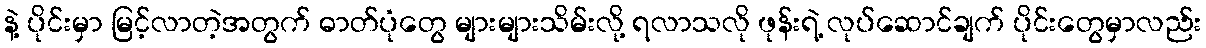
နဲ့ ပိုင်းမှာ မြင့်လာတဲ့အတွက် ဓာတ်ပုံတွေ များများသိမ်းလို့ ရလာသလို ဖုန်းရဲ့ လုပ်ဆောင်ချက် ပိုင်းတွေမှာလည်း